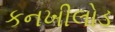
કનખીલોડ